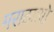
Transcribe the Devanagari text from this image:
मराठाओ